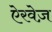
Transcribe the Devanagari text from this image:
ऐरवेज़